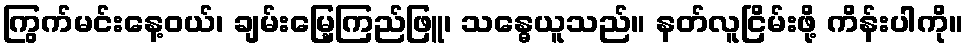
ကြွက်မင်းနေ့ဝယ်၊ ချမ်းမြေ့ကြည်ဖြူ၊ သန္ဓေယူသည်။ နတ်လူငြိမ်းဖို့ ကိန်းပါကို။